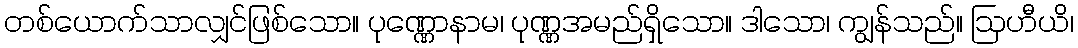
တစ်ယောက်သာလျှင်ဖြစ်သော။ ပုဏ္ဏောနာမ၊ ပုဏ္ဏအမည်ရှိသော။ ဒါသော၊ ကျွန်သည်။ ဩဟီယိ၊